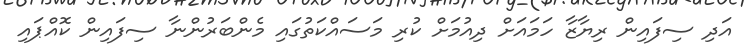
އަދި ސިފައިން ރިޔާޒާ ހަމައަށް ދިއުމަށް ކުރި މަސައްކަތުގައި މެންބަރުންނާ ސިފައިން ކޮއްޕައި